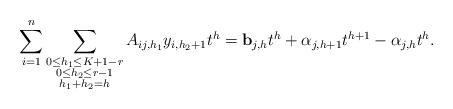
LaTeX: \begin{align*} \sum_{i=1}^n \sum_{\substack{0 \le h_1 \le K+1-r \\ 0 \le h_2 \le r-1\\ h_1 + h_2 = h}} A_{ij,h_1} y_{i, h_2+1}t^h = \mathbf{b}_{j, h} t^h + \alpha_{j, h+1} t ^{h+1} - \alpha_{j, h} t^h. \end{align*}